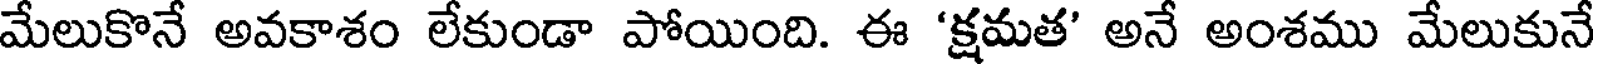
మేలుకొనే అవకాశం లేకుండా పోయింది. ఈ 'క్షమత' అనే అంశము మేలుకునే